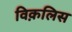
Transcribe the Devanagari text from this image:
विक़लिस